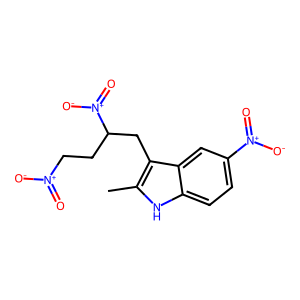
SMILES: Cc1[nH]c2ccc([N+](=O)[O-])cc2c1CC(CC[N+](=O)[O-])[N+](=O)[O-]
Inhibits HIV replication: No